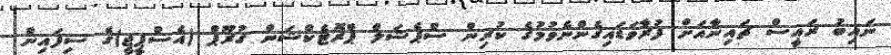
ނައިބު ރައީސް ޗައިނާއަށް ފުރާވަޑައިގެންނެވުމުގެ ކުރިން ސްޕެޝަލް ޕްރޮޓެކްޝަން ގުރޫޕް (އެސްޕީޖީ)ގެ ސިފައިން